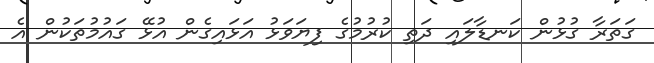
ގަތަރާ ގުޅުން ކަނޑާލައި ދަތި ކުރުމުގެ ފިޔަވަޅު އަޅައިގެން އުޅޭ ގައުމުތަކުން އެ